Report on malaria in the Punjab during the year ...  together with an account of the work of the Punjab Malaria Bureau - Volume 3
Disease focus: Malaria
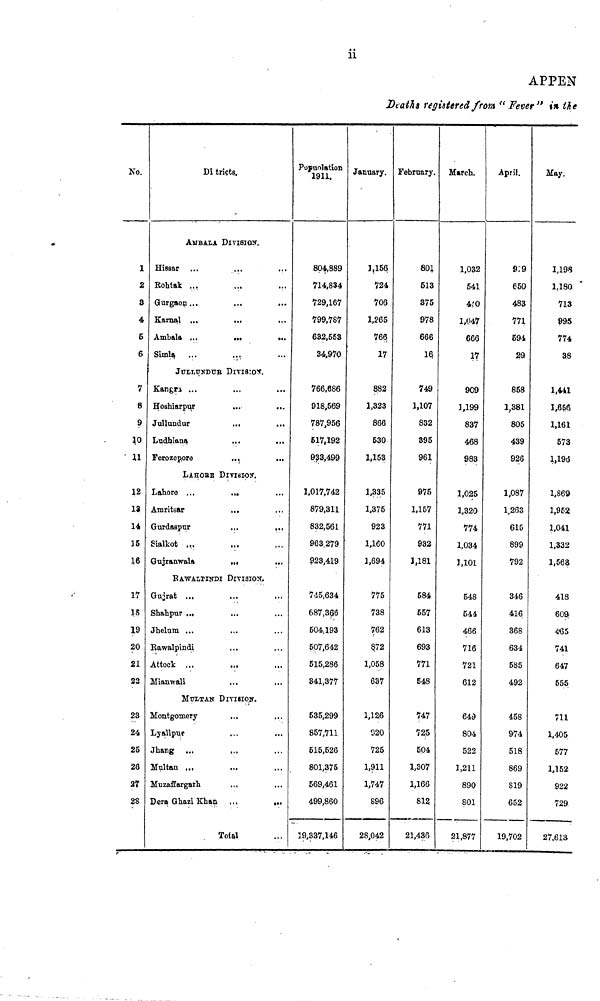
ii
APPEN
Deaths registered from "Fever" in the
No.
1
2
8
4
5
6
7
8
9
10
11
12
13
14
15
16
17
18
19
20
21
22
23
24
25
26
27
28
Ditricts.
AMBALA DIVISION.
Hissar ...
Robtak ...
Gurgaon...
Karnal ...
...
Ambala ...
...
...
Simla
...
...
JULLUNDUR DIVISION.
Kanges...
Hoshiarpur
Jullundur
...
...
Ludhiana.
...
...
Ferozepora
LAHORE DIVISION.
Lahore
..
Amritsar
...
Gurdaspur
...
Sialkot ...
Gujranwala
...
...
RAWAPINDI
DIVISION.
Gujrat ...
Shahpur ...
Jhelam ...
Rawalpindi
Attock ...
Mianwali
MULTAN DIVISION
Montgomery
Lyallpur
Jhang ,.,
...
Multan ...
...
Muzaffargarh
Dera Ghazi Khau ...
...
Total
Population 1911.
804,889
714,834
729,167
799,787
682,553
34,970
766,686
918,569
787,956
517,192
933,499
1,017,742
879,311
832,561
963.279
923,419
745,634
687,366
504,193
507,642
515,286
341,377
535,299
857,711
615,526
801,375
569,461
499,860
19,337,146
January.
1,156
724
706
1,265
766
17
882
1,323
866
530
1,153
1,335
1,375
923
1,160
1,694
775
738
762
872
1,058
637
1,126
020
725
1,911
1,747
896
28,042
February.
801
513
375
978
666
16.
749
1,107
832
895
961
975
1,157
771
932
3,181
584
557
613
693
771
548
747
725
504
1,307
1,166
812
21,436
March.
1,032
541
440
1,047
666
17
909
1,199
837
468
983
1,025
1,320
774
1,034
3,101
548
544
466
716
721
612
649
804
522
1,211
890
801
21,877
April.
979
650
483
771
594
29
858
1,381
805
439
926
1,087
1,263
615
899
792
346
416
368
634
585
492
458
974
518
869
819
652
19,702
May.
1,198
1,180
713
995
774
38
1,441
1,656.
1,161
573
1,196
1,869
1,952
1,041
1,332
1,563
418
609.
465
741
647
555
711
1,405
577
1,152
922
729
27.61S